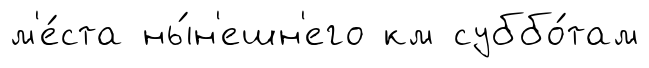
м'е́ста ны́н'ешн'его км суббо́там